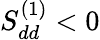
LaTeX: S_{dd}^{(1)}<0